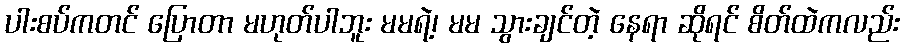
ပါးစပ်ကတင် ပြောတာ မဟုတ်ပါဘူး မမရဲ့၊ မမ သွားချင်တဲ့ နေရာ ဆိုရင် စိတ်ထဲကလည်း